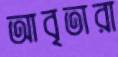
আবৃতারা